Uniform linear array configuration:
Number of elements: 16
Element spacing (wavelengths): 0.75
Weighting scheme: cosine
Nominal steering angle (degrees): -60
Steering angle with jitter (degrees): -58.77
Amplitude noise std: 0.05
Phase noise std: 0.05

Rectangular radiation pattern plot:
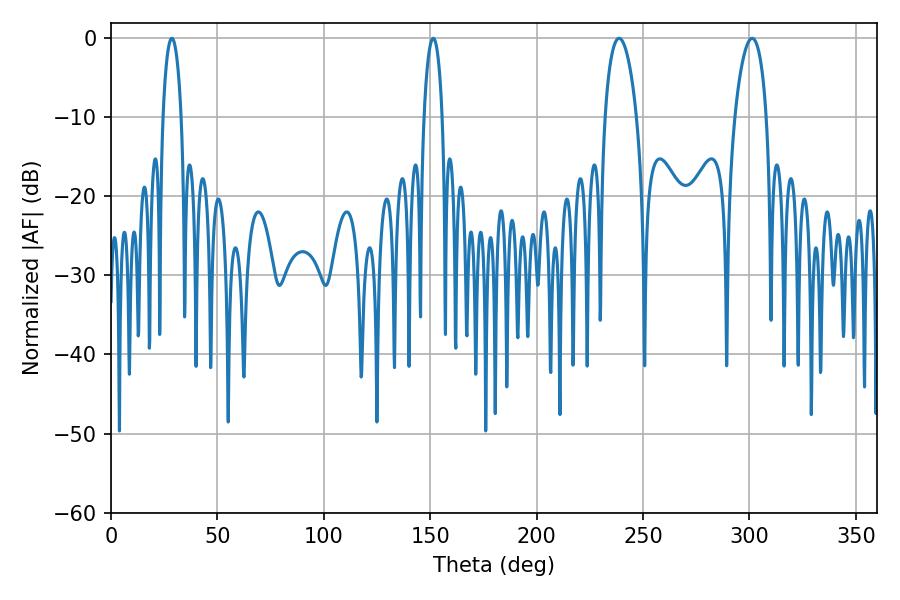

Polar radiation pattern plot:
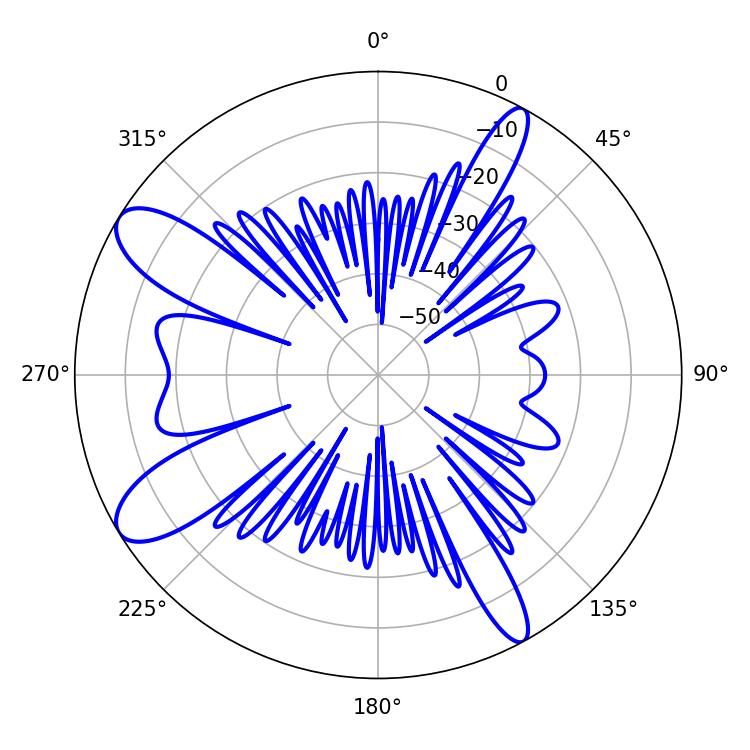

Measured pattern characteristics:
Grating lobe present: TRUE
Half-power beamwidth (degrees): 5.04
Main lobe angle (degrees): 28.62